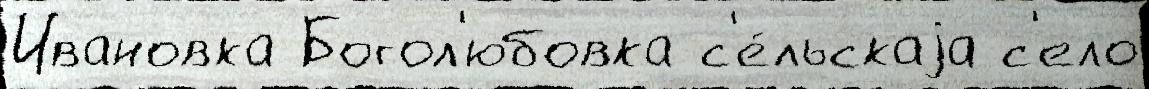
Ивановка Богол'юбовка с'е́льскаjа с'ело